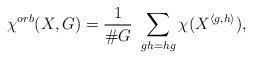
\begin{align*}\chi^{orb}(X,G) = \frac{1}{\# G}\,\, \sum_{gh=hg} \chi(X^{\langle g, h\rangle}),\end{align*}